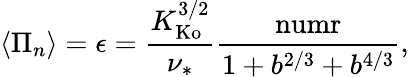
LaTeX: \left\langle\Pi_{n}\right\rangle=\epsilon=\frac{K_{\mathrm{Ko}}^{3/2}}{\nu_{*}}\frac{\mathrm{numr}}{1+b^{2/3}+b^{4/3}},